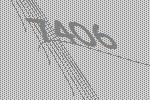
7406